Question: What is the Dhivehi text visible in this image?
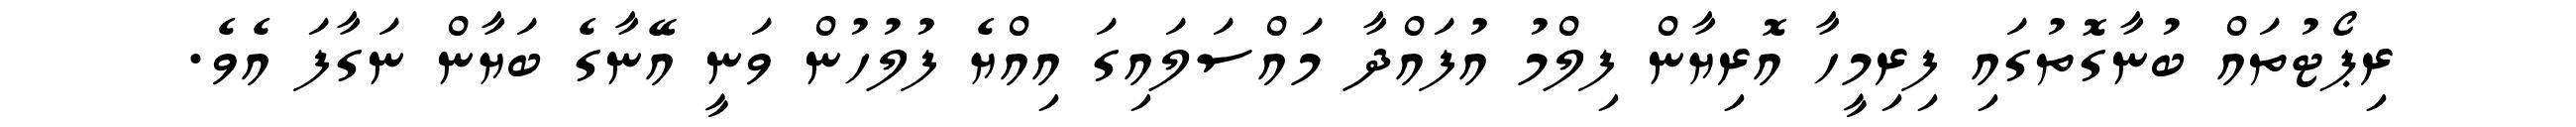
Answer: ރިޕޯޓުތައް ބުނާގޮތުގައި ފިރިމީހާ އޮރިޔާން ފިލްމު އުފައްދާ މައްސަލައިގަ އިއްޔެ ފުލުހުން ވަނީ އޭނާގެ ބަޔާން ނަގާފަ އެވެ.